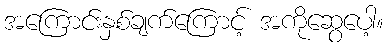
အကြောင်းနှစ်ချက်ကြောင့် အကိုဆွေပေါ့။